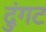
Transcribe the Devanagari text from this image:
दुंगट